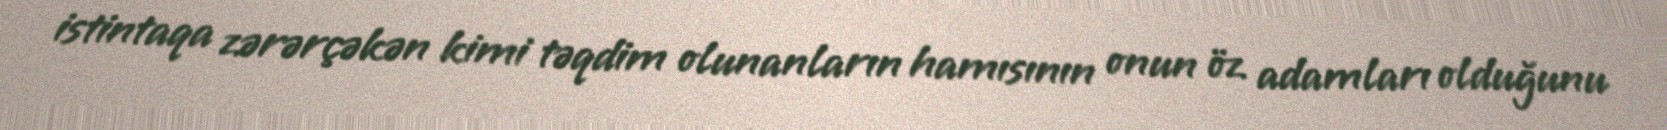
istintaqa zərərçəkən kimi təqdim olunanların hamısının onun öz adamları olduğunu